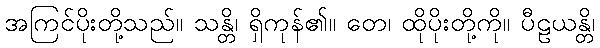
အကြင်ပိုးတို့သည်။ သန္တိ၊ ရှိကုန်၏။ တေ၊ ထိုပိုးတို့ကို။ ပီဠယန္တိ၊